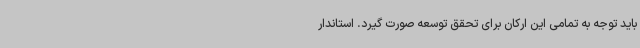
باید توجه به تمامی این ارکان برای تحقق توسعه صورت گیرد. استاندار